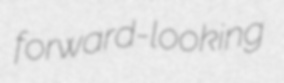
forward-looking